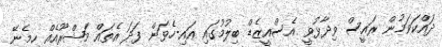
ދައްކަވަމުން ރައީސް ވިދާޅުވީ އެސްއީޒެޑް ބިލުމުގައި އައި-ހެވަން ފަދަ އެތައް މަޝްރޫއެއް ހިމެނޭ